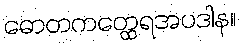
ဓောတကတ္ထေရအပဒါန။